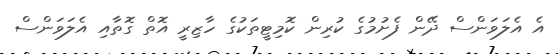
އެ އެލަވަންސް ދޭން ފެށުމުގެ ކުރިން ކޮމިޓީތަކުގެ ހާޒިރީ އޮތް ގޮތާއި އެލަވަންސް